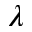
\lambda